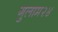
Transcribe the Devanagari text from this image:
गुलाम२४